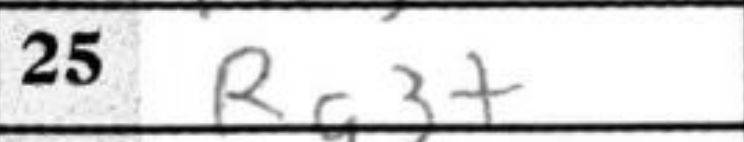
Transcription: Rg3+